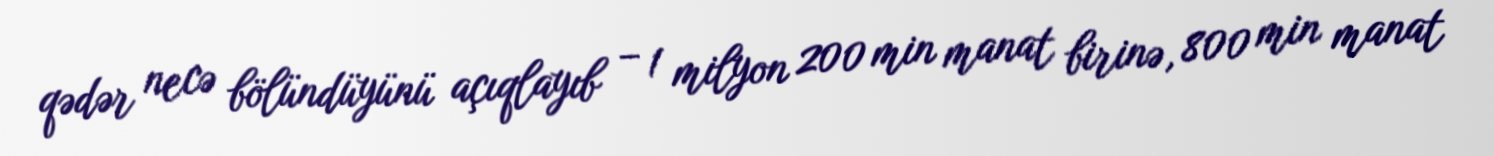
qədər necə bölündüyünü açıqlayıb – 1 milyon 200 min manat birinə, 800 min manat